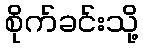
စိုက်ခင်းသို့